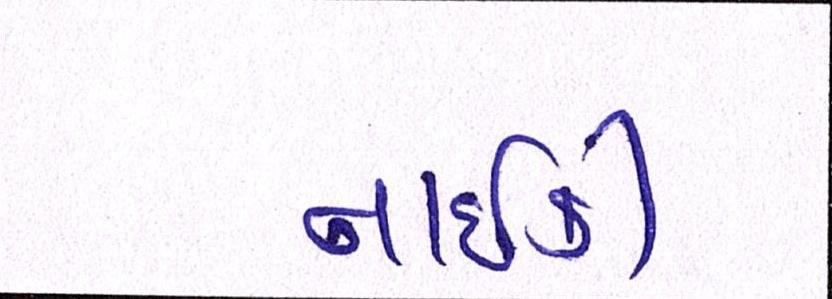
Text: નાઇકી